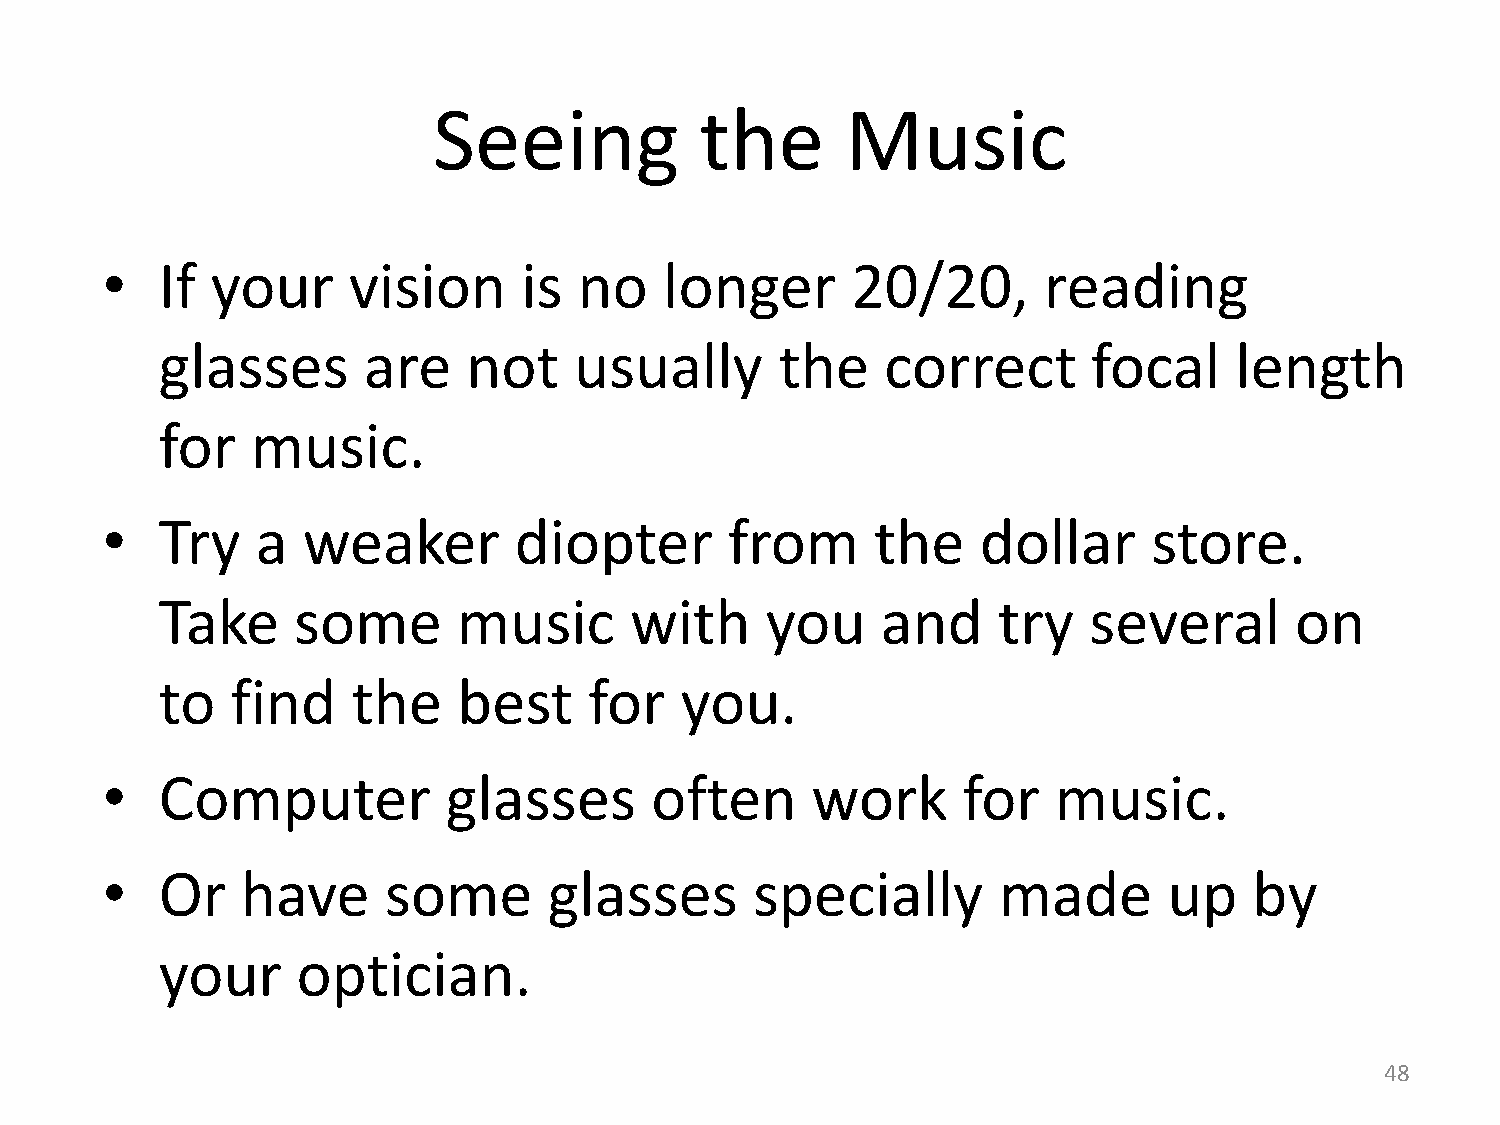
Seeing           the       Music
 •   If your     vision      is no    longer      20/20,       reading
 glasses      are    not    usually       the    correct      focal     length
 for   music.
 •   Try   a  weaker        diopter       from      the    dollar     store.
 Take    some       music       with     you    and     try   several       on
 to  find    the    best     for   you.
 •   Computer           glasses      often      work      for   music.
 •   Or   have     some       glasses       specially       made       up    by
 your     optician.
 48